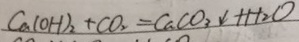
C a ( O H ) _ { 2 } + C O _ { 2 } = C a C O _ { 3 } \downarrow + H _ { 2 } O